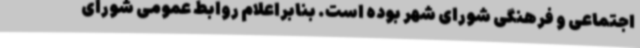
اجتماعی و فرهنگی شورای شهر بوده است. بنابراعلام روابط عمومی شورای